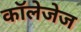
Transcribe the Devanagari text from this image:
कॉलेजेज